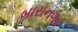
બારાનગર